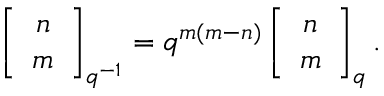
\left[ \begin{array} { c } { { n } } \\ { { m } } \end{array} \right] _ { q ^ { - 1 } } = q ^ { m ( m - n ) } \left[ \begin{array} { c } { { n } } \\ { { m } } \end{array} \right] _ { q } .